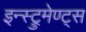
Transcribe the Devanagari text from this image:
इन्स्ट्रुमेण्ट्स